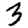
Digit: 3